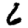
Digit: 6